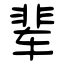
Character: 辈